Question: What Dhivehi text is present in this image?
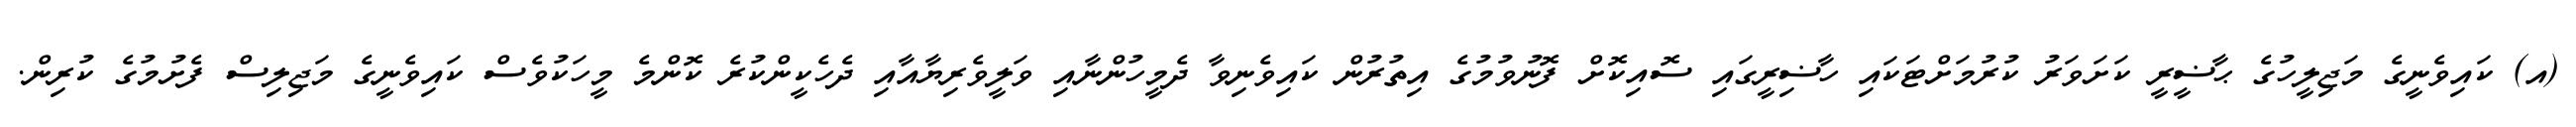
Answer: (އ) ކައިވެނީގެ މަޖިލީހުގެ ޙާޟީރީ ކަށަވަރު ކުރުމަށްޓަކައި ހާޟިރީގައި ސޮއިކޮށް ފޮނުވުމުގެ އިތުރުން ކައިވެނިވާ ދެމީހުންނާއި ވަލީވެރިޔާއާއި ދެހެކީންކުރެ ކޮންމެ މީހަކުވެސް ކައިވެނީގެ މަޖިލިސް ފެށުމުގެ ކުރިން.